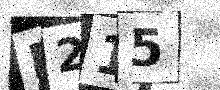
Text: E215